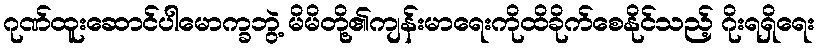
ဂုဏ်ထူးဆောင်ပါမောက္ခဘွဲ့ မိမိတို့၏ကျန်းမာရေးကိုထိခိုက်စေနိုင်သည့် ဂိုးရရှိရေး